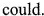
could.